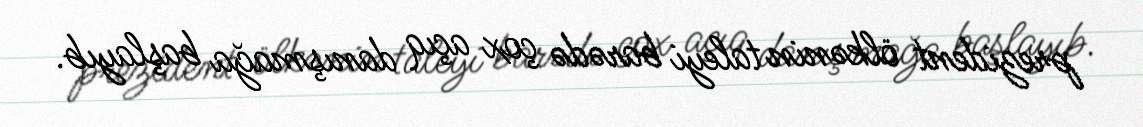
prezident ölkənin taleyi barədə çox açıq danışmağa başlayıb.